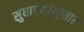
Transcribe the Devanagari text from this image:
सुधारणांनुसार